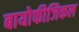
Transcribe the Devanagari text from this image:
बायोफीजिकल